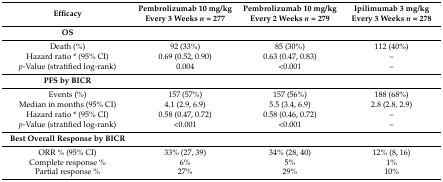
| Efficacy | Pembrolizumab 10 mg/kg Every 3 Weeks n = 277 | Pembrolizumab 10 mg/kg Every 2 Weeks n = 279 | Ipilimumab 3 mg/kg Every 3 Weeks n = 278 |
 | --- | --- | --- | --- |
 | OS |  |  |  |
 | Death (%) | 92 (33%) | 85 (30%) | 112 (40%) |
 | Hazard ratio * (95% CI) | 0.69 (0.52, 0.90) | 0.63 (0.47, 0.83) | – |
 | p-Value (stratified log-rank) | 0.004 | <0.001 | – |
 | PFS by BICR |  |  |  |
 | Events (%) | 157 (57%) | 157 (56%) | 188 (68%) |
 | Median in months (95% CI) | 4.1 (2.9, 6.9) | 5.5 (3.4, 6.9) | 2.8 (2.8, 2.9) |
 | Hazard ratio * (95% CI) | 0.58 (0.47, 0.72) | 0.58 (0.46, 0.72) | – |
 | p-Value (stratified log-rank) | <0.001 | <0.001 | – |
 | Best Overall Response by BICR |  |  |  |
 | ORR % (95% CI) | 33% (27, 39) | 34% (28, 40) | 12% (8, 16) |
 | Complete response % | 6% | 5% | 1% |
 | Partial response % | 27% | 29% | 10% |